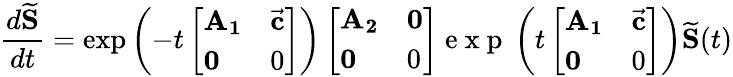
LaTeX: \frac{d\mathbf{\widetilde{S}}}{dt}=\exp\left(-t\left[\begin{array}{ll}{\mathbf{A_{1}}}&{\vec{\mathbf c}}\\ {\mathbf 0}&{0}\end{array}\right]\right)\left[\begin{array}{ll}{\mathbf{A_{2}}}&{\mathbf 0}\\ {\mathbf 0}&{0}\end{array}\right]\mathrm{~e~x~p~}\left(t\left[\begin{array}{ll}{\mathbf{A_{1}}}&{\vec{\mathbf c}}\\ {\mathbf 0}&{0}\end{array}\right]\right)\mathbf{\widetilde S}(t)